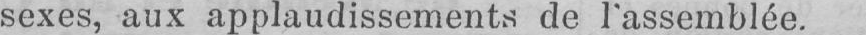
sexes, aux applaudissements de l’assemblée.